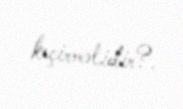
keçirməlidir?.